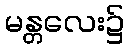
မန္တလေး၌